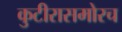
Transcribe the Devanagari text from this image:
कुटीरासमोरच